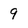
Character: 9